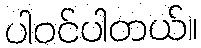
ပါဝင်ပါတယ်။